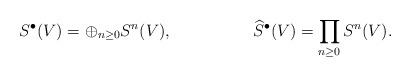
LaTeX: \begin{align*}S^\bullet(V)&= \oplus_{n \geq 0} S^n(V), & \widehat{S}{^\bullet(V)} &= \prod_{n \geq 0}S^n(V).\end{align*}